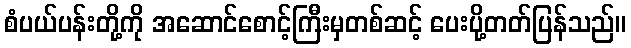
စံပယ်ပန်းတို့ကို အဆောင်စောင့်ကြီးမှတစ်ဆင့် ပေးပို့တတ်ပြန်သည်။